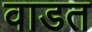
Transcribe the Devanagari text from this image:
वाडत